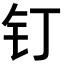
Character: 钉